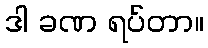
ဒါ ခဏ ရပ်တာ။